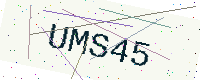
Text: UMS45